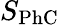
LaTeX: S_{\mathrm{PhC}}